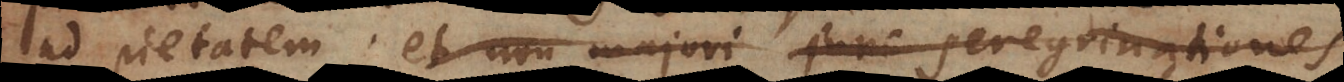
ad pietatem; et non majori jure peregrinationes